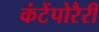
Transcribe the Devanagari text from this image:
कंटेंपोरैरी